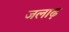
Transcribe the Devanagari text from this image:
जलाढ़